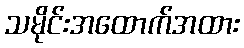
သမိုင်းအထောက်အထား